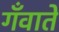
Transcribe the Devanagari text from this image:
गँवाते